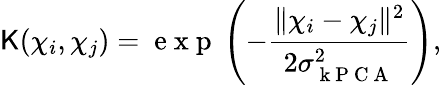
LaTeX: \mathsf{K}(\mathbb{{\chi}}_{i},\mathbb{{\chi}}_{j})=\mathrm{{~e~x~p~}}\left(-\frac{{\| \mathbb{{\chi}}_{i}-\mathbb{{\chi}}_{j}\| ^{2}}}{{2\sigma_{\mathrm{{~k~P~C~A~}}}^{2}}}\right),